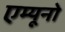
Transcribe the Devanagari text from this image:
एम्यूनो